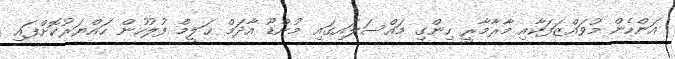
އަންހެން މުވައްޒަފަކާއި މާރާމާރީ ހިންގި މައްސަލައިގައި މުންޑޫ އާދަމް ޙަލީމް ފުލުހުން ހައްޔަރުކޮށްފައި